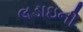
લડાઇની